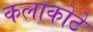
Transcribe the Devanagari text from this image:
कलाकोटे